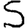
Digit: 5